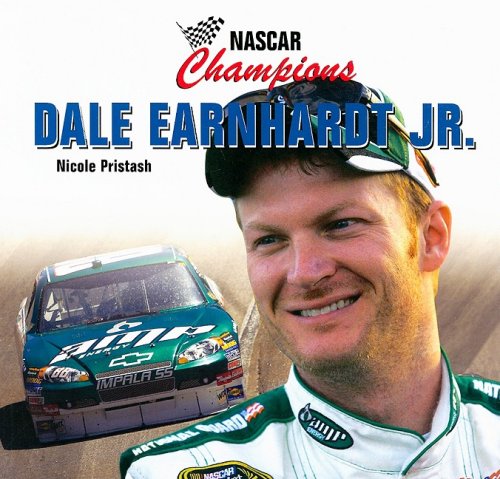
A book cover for Dale Earnhardt Jr. (Nascar Champions); Nicole Pristash; Children's Books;